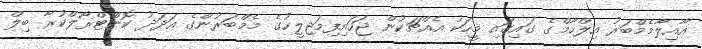
އާއިލާމެމްބަރު އިލްހާމްގެ ގަައިގައި މީހަކު އެއްޗަކުން ޖަހައިފިމަޖިލީހުގެ މެމްބަރުންގެ އަދަދު ކޮންޓްރޯލްކުރާ ބިލް